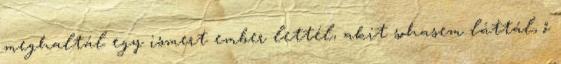
meghaltál egy ismert ember lettél, akit sohasem láttál, ő